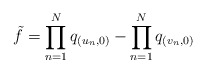
\begin{align*}\tilde{f} = \prod_{n=1}^N q_{(u_n,0)} - \prod_{n=1}^N q_{(v_n,0)}\end{align*}